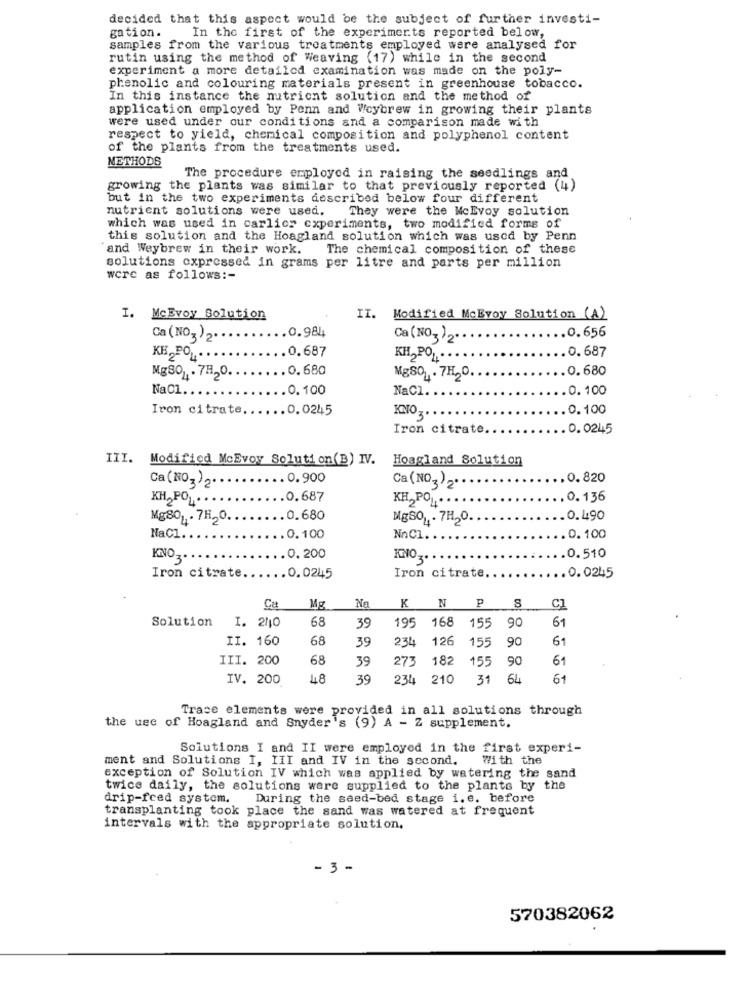
decided that this aspect would be the subject of further investi-
In the first of the experiments reported below,
gation.
samples from the various treatments employed were analysed for
rutin using the method of Weaving (17) while in the second
experiment a more detailed examination was made on the poly-
phenolic and colouring materials present in greenhouse tobacco.
In this instance the nutrient solution and the method of
application employed by Penn and Wcybrew in growing their plants
were used under our conditions and a comparison made with
respect to yield, chemical composition and polyphenol content
of the plants from the treatments used.
METHODS
The procedure employed in raising the seedlings and
growing the plants was similar to that previously reported (4)
but in the two experiments described below four different
nutrient solutions were used. They were the MeEvoy solution
which was used in carlicz experiments, two modified forms of
this solution and the Hoagland solution which was used by Penn
and Weybrew in their work.
The chemical composition of these
solutions expressed in grams per litre and parts per million
were as follows :-
I. MeEvoy Solution
IT.
Modified MCEvoy Solution (A)
.0.656
Ca (NO3)2.
0.984
Ca (NO3 )2.
O
.. 0.687
.. 0.687
KH2POL. ..
0.680
.0.680
Ng801 . 7H20.
MgSOL . 7H20.
NaC1.
.0.100
NaCl
.0.100
Iron citrate ..
.... 0.0245
KNO3
.0.100
Iron citrate.
. 0.0245
III. Modified McEvoy Solution(B) IV.
Hoagland Solution
Ca(NO3)2 .......... 0.900
.. 0.820
Ca (NO.)2. ..
KH PO ...
.0.687
KH PO ,...
.. 0.136
Mg801 . 7H20.
.. 0.680
MgSO1 . 7H2O.
.0.490
NaCl
.... 0.100
NnC1.
.0.100
KNO3
.0. 200
.0.510
Iron citrate.
.0.0245
.0.0245
Iron citrate.
p
1g
Na
KN
S
C1
Solution
I. 240
68
19€
168
90
61
39
155
II. 160
68
39
234
126
155
90
61
III. 200
68
39
273
182
155
90
61
IV. 200
48
39
23L
210
31
64
61
Trace elements were provided in all solutions through
the use of Hoagland and Snyder's (9) A - Z supplement.
Solutions I and II were employed in the first experi-
ment and Solutions I, III and IV in the second.
With the
exception of Solution IV which was applied by watering the sand
twice daily, the solutions were supplied to the plants by the
drip-feed system.
During the seed-bed stage i.e. before
transplanting took place the sand was watered at frequent
intervals with the appropriate solution.
- 3 -
570382062